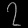
Digit: ၇